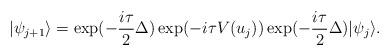
LaTeX: \begin{align*} |{\psi}_{j+1}\rangle= \exp(-\frac{i\tau}2\Delta)\exp(-i\tau V(u_j))\exp(-\frac{i\tau}2\Delta)|{\psi}_{j}\rangle.\end{align*}